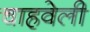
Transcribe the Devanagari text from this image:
चाहवेली